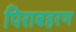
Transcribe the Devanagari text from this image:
पिराबहरण